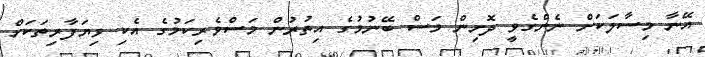
އޭނާ މިސާލަކަށް ނެންގެވީ ދޮށިން މަސް ބޭނުމުގެ އިތުރުން މަސްވެރިކަމުގެ އެކި ވިޔަފާރިތަކަށް